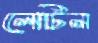
লেটিন